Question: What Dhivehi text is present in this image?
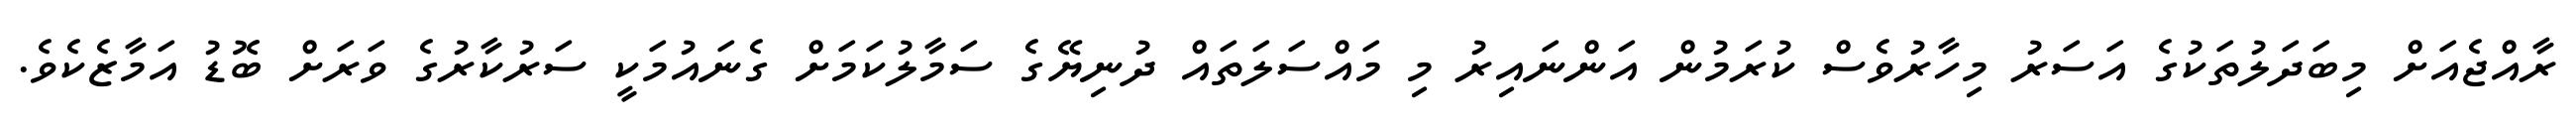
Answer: ރާއްޖެއަށް މިބަދަލުތަކުގެ އަސަރު މިހާރުވެސް ކުރަމުން އަންނައިރު މި މައްސަލަތައް ދުނިޔޭގެ ސަމާލުކަމަށް ގެނައުމަކީ ސަރުކާރުގެ ވަރަށް ބޮޑު އަމާޒެކެވެ.